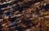
بمنزله